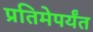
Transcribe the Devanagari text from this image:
प्रतिमेपर्यंत